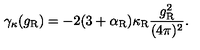
\gamma _ { \kappa } ( g _ { \mathrm { R } } ) = - 2 ( 3 + \alpha _ { \mathrm { R } } ) \kappa _ { \mathrm { R } } \frac { g _ { \mathrm { R } } ^ { 2 } } { ( 4 \pi ) ^ { 2 } } .